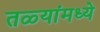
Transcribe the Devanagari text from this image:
तळ्यांमध्ये